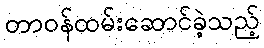
တာဝန်ထမ်းဆောင်ခဲ့သည့်